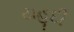
યહૂદી